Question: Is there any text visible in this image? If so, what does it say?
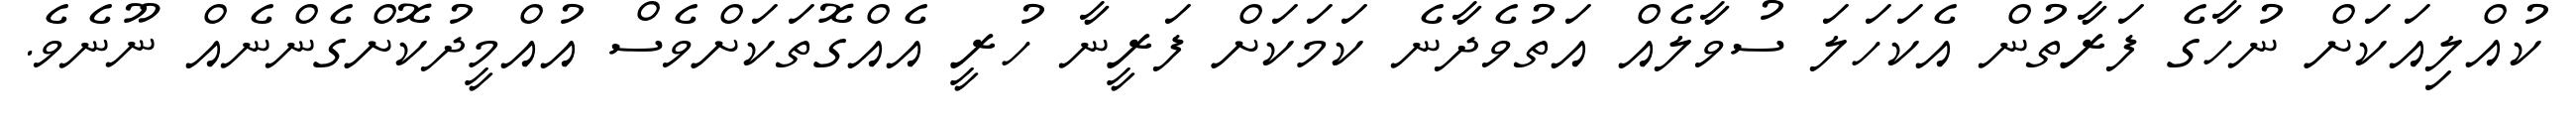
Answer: ކުއްލިއަކަށް ނުހާގެ ފަރާތުން އެކަހަލަ ސުވާލެއް އަތުވެދާނެ ކަމަކަށް ފަރީނާ ހުރީ އެއްގޮތަކަށްވެސް އުއްމީދުކޮށްގެންނެއް ނޫނެވެ.